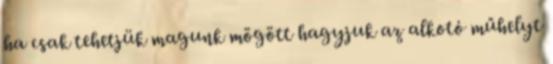
ha csak tehetjük magunk mögött hagyjuk az alkotó műhelyt